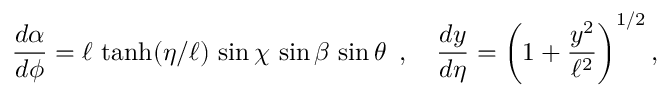
\frac { d \alpha } { d \phi } = \ell \, \operatorname { t a n h } ( \eta / \ell ) \, \sin \chi \, \sin \beta \, \sin \theta \, \, \, , \, \, \, \, \, \, \frac { d y } { d \eta } = \left( 1 + \frac { y ^ { 2 } } { \ell ^ { 2 } } \right) ^ { 1 / 2 } ,